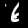
Label: 6